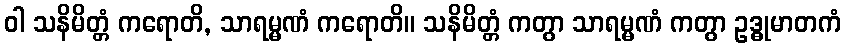
ဝါ သနိမိတ္တံ ကရောတိ, သာရမ္မဏံ ကရောတိ။ သနိမိတ္တံ ကတွာ သာရမ္မဏံ ကတွာ ဥဒ္ဓုမာတကံ